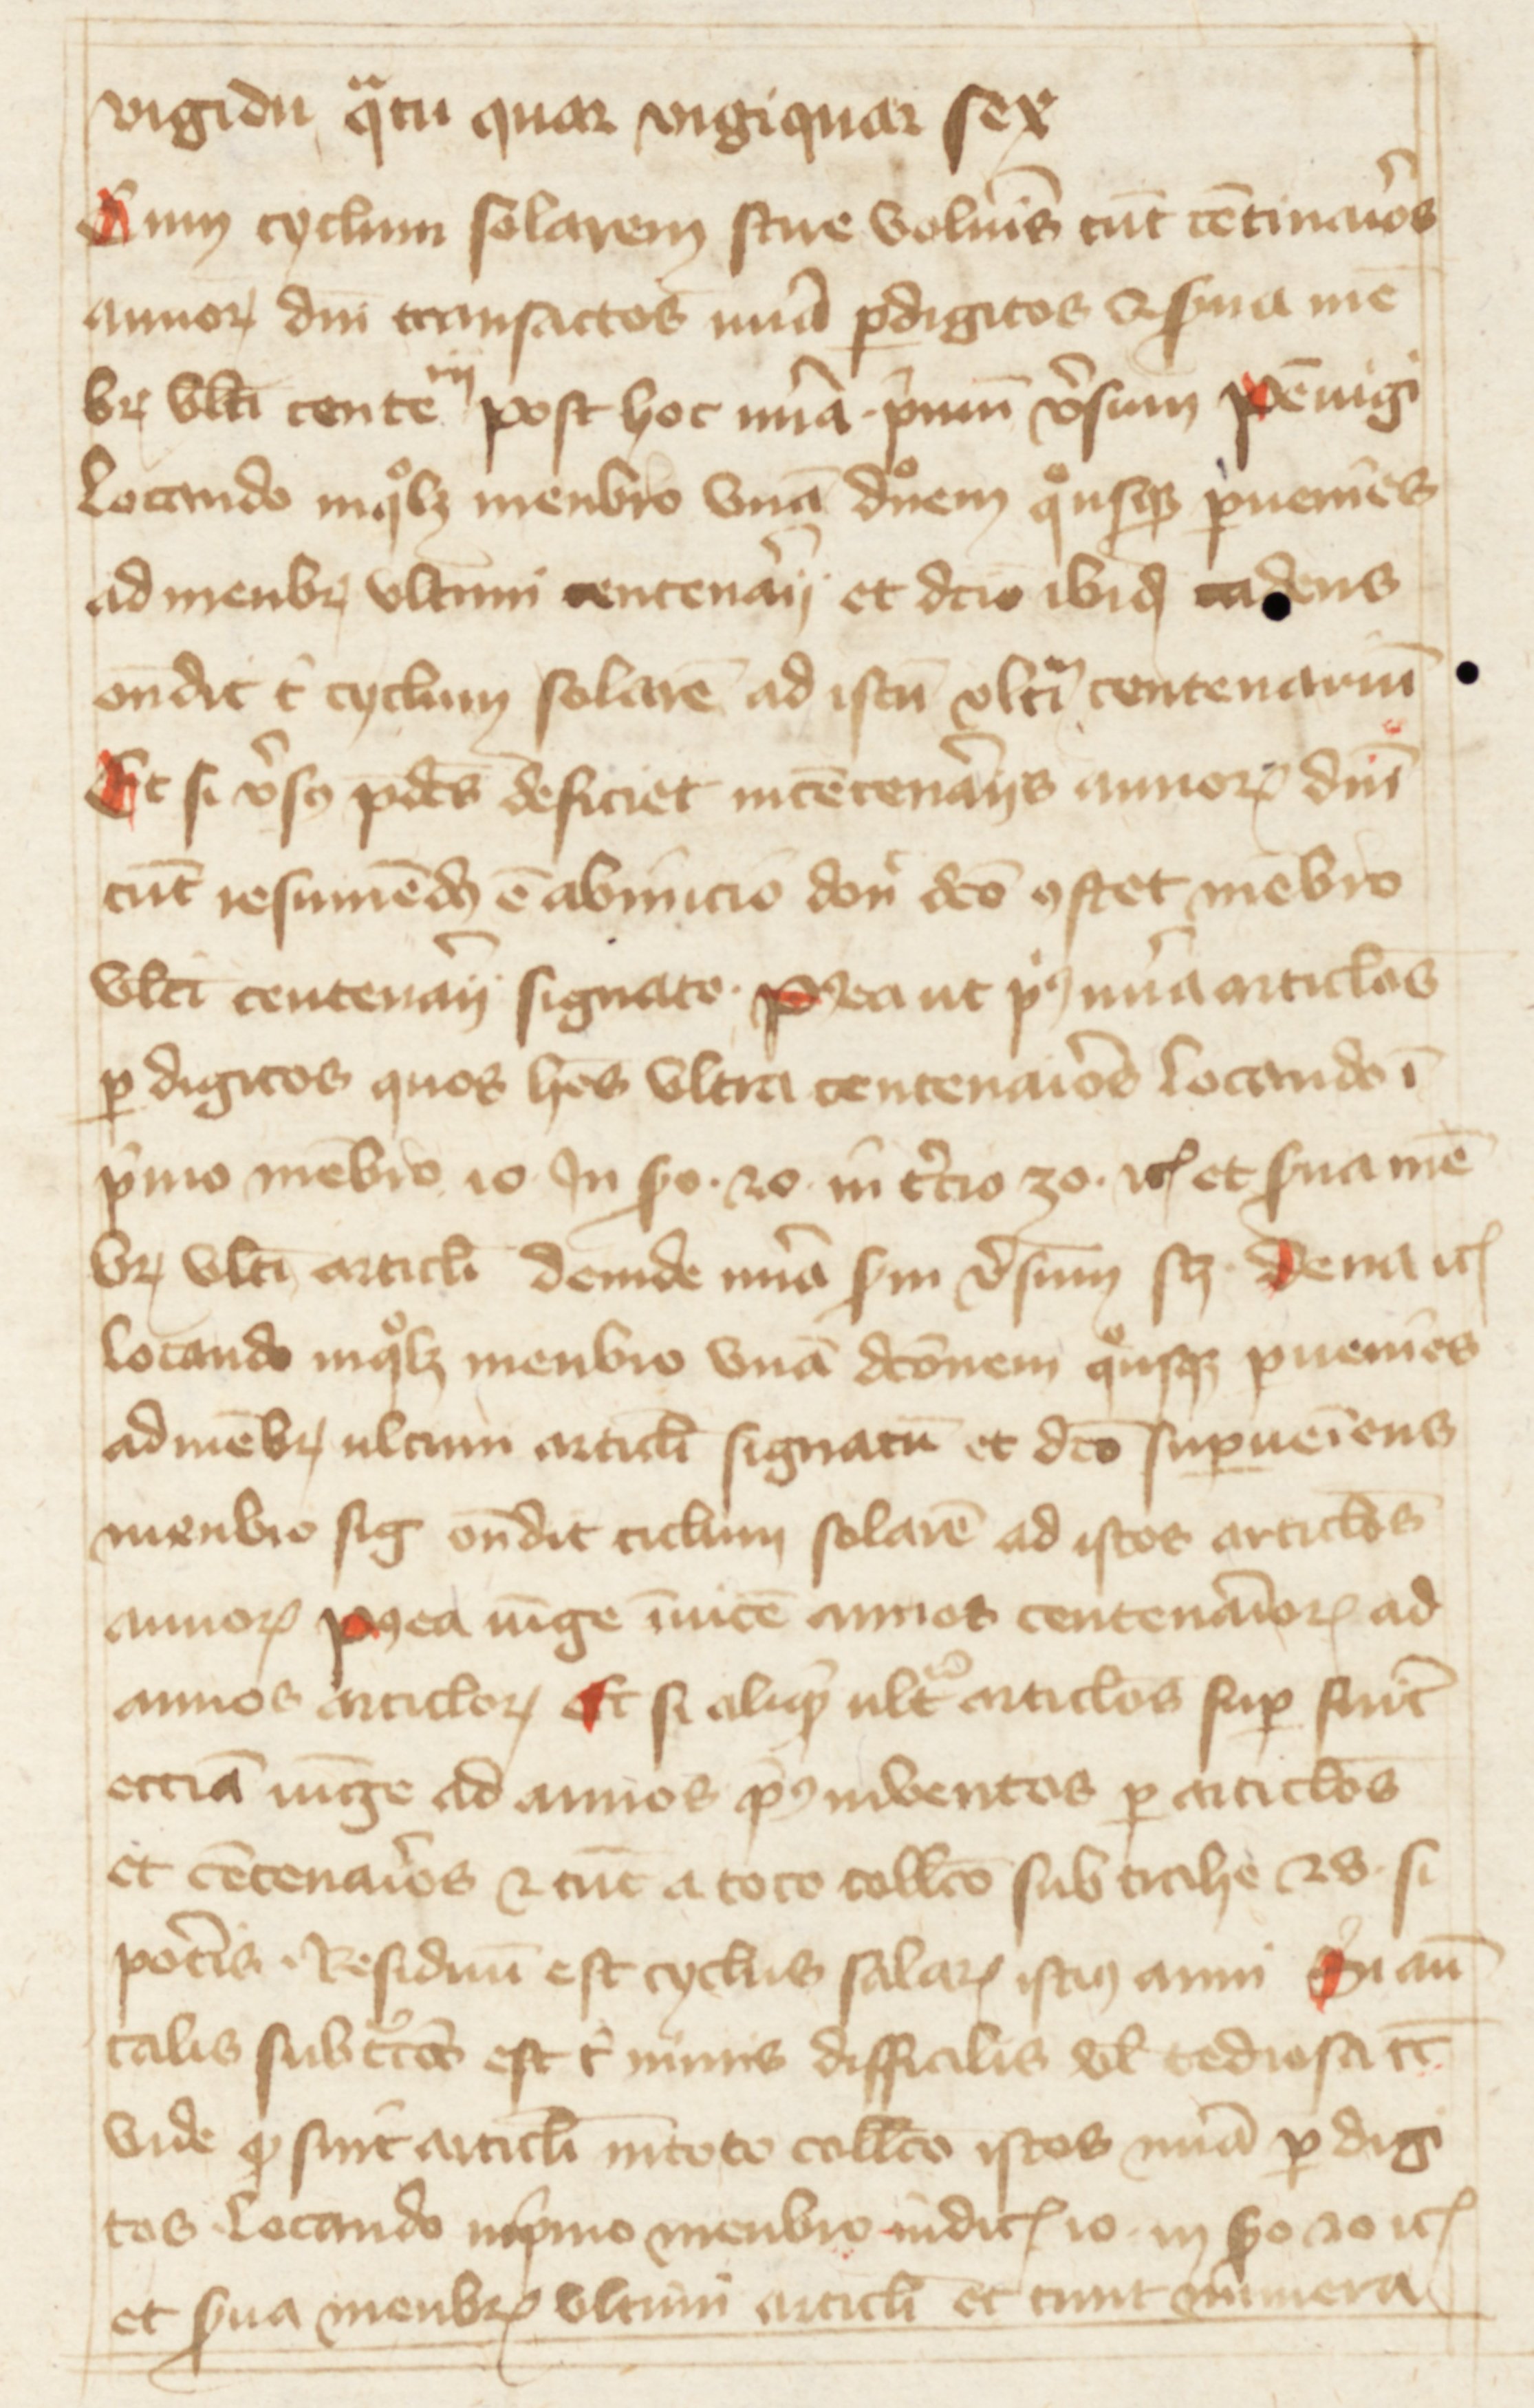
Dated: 1388–1394